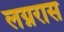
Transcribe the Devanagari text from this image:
लग्नरास